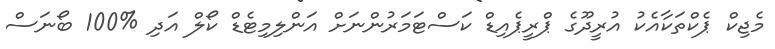
މެޖިކް ޕެކްތަކާއެކު އުރީދޫގެ ޕްރީޕެއިޑް ކަސްޓަމަރުންނަށް އަންލިމިޓެޑް ކޯލް އަދި %100 ބޯނަސް